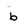
Character: b